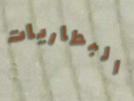
البطاريات